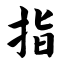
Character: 指